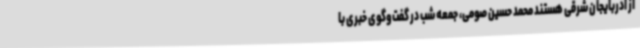
از آذربایجان شرقی هستند محمد حسین صومی، جمعه شب در گفت‌وگوی خبری با